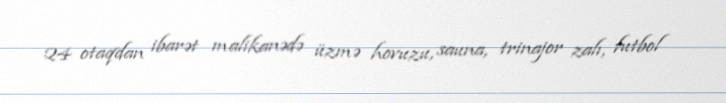
24 otaqdan ibarət malikanədə üzmə hovuzu, sauna, trinajor zalı, futbol